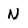
Character: N